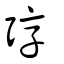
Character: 弴